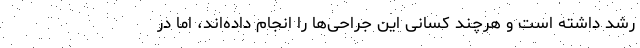
رشد داشته است و هرچند کسانی این جراحی‌ها را انجام داده‌اند، اما در